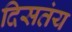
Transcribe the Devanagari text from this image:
दिसतंय